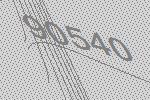
90540